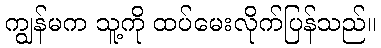
ကျွန်မက သူ့ကို ထပ်မေးလိုက်ပြန်သည်။